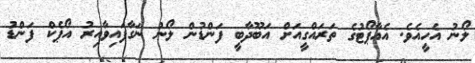
ލޯނު އެހީއެވެ. އެއާޕޯޓުގެ ތަރައްގީއަށް އަބޫދާބީ ފަންޑުން ލޯނު ނަގާފައިވާއިރު އޯޕެކް ފަންޑު